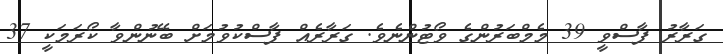
ގަރާރު ފާސްވީ 39 މެމްބަރުންގެ ވޯޓުންނެވެ. ގަރާރެއް ފާސްކުވުމަށް ބޭނުންވާ ކޯރަމަކީ 37